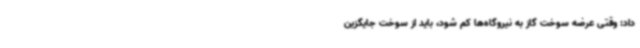
داد: وقتی عرضه سوخت گاز به نیروگاه‌ها کم شود، باید از سوخت جایگزین